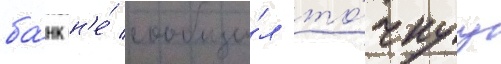
ба́нк н'е́ сообщи́л то́чнуу